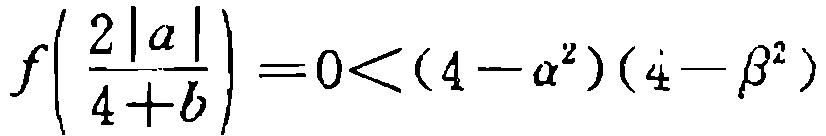
\[f\left(\frac{2|a|}{4 + b}\right)=0<(4 - \alpha^{2})(4 - \beta^{2})\]